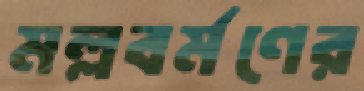
মল্লবর্মণের